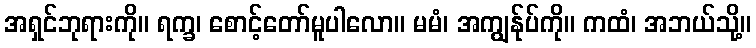
အရှင်ဘုရားကို။ ရက္ခ၊ စောင့်တော်မူပါလော။ မမံ၊ အကျွန်ုပ်ကို။ ကထံ၊ အဘယ်သို့။